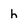
Character: h